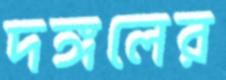
দঙ্গলের